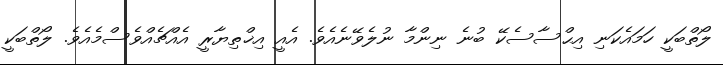
ލޯތްބަކީ ހަމައެކަނި އިޙްސާސެކޭ ބުނެ ނިންމާ ނުލެވޭނެއެވެ. އެއީ އިޚްތިޔާރީ އެއްޗެއްވެސްމެއެވެ. ލޯތްބަކީ